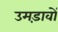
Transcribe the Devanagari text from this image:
उमड़ावों